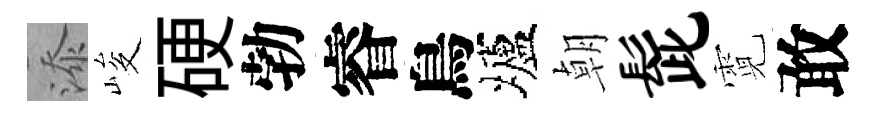
添峻硬勃睿鳥壚朝髭霓敢